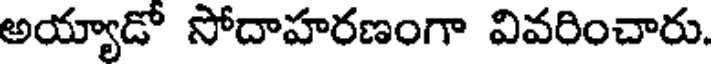
అయ్యాడో సోదాహరణంగా వివరించారు.